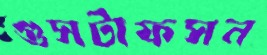
গুসটাফসন